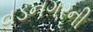
વડનગરની